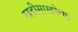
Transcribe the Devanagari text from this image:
खडीसाखरेच्या